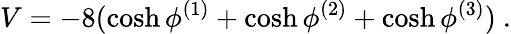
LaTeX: V=-8(\cosh\phi^{(1)}+\cosh\phi^{(2)}+\cosh\phi^{(3)})\ .